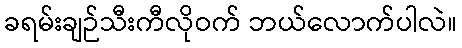
ခရမ်းချဉ်သီးကီလိုဝက် ဘယ်လောက်ပါလဲ။